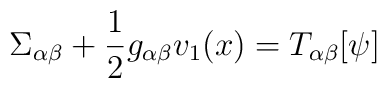
\Sigma_{\alpha\beta}+\frac{1}{2}g_{\alpha\beta}v_{1}(x)= T_{\alpha\beta}[\psi]